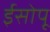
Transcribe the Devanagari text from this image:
ईसोपू